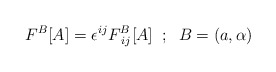
\begin{align*}F^{B}[A]=\epsilon^{ij}F^{B}_{\;ij}[A] \;\; ; \;\;B=\left(a,\alpha\right)\end{align*}